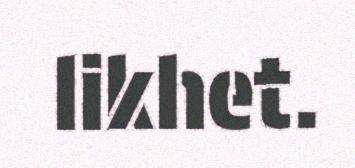
likhet.